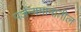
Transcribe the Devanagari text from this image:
पर्जन्यमानातील